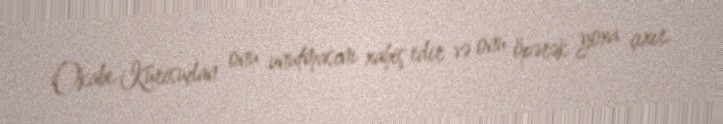
Okabe Kurisudan onu unutmasını xahiş edir və onu öpərək yoxa çıxır.